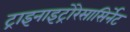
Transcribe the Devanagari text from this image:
ट्राइनाइट्रोरेसासिर्नेट